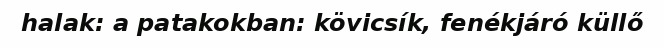
halak: a patakokban: kövicsík, fenékjáró küllő